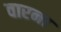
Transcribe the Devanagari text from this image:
वारना